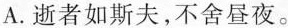
A.逝者如斯夫，不舍昼夜。